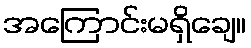
အကြောင်းမရှိချေ။